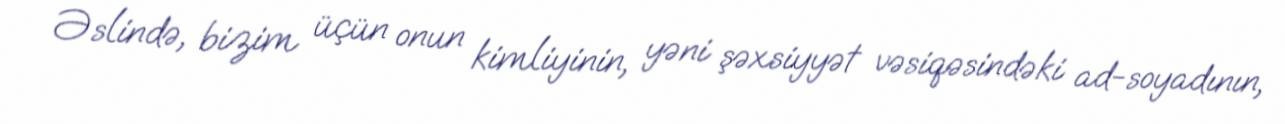
Əslində, bizim üçün onun kimliyinin, yəni şəxsiyyət vəsiqəsindəki ad-soyadının,